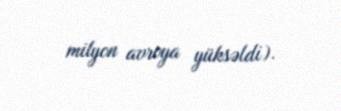
milyon avroya yüksəldi).